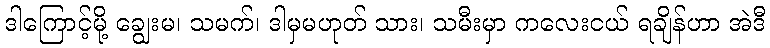
ဒါကြောင့်မို့ ချွေးမ၊ သမက်၊ ဒါမှမဟုတ် သား၊ သမီးမှာ ကလေးငယ် ရချိန်ဟာ အဲဒီ